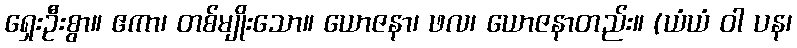
ရှေးဦးစွာ။ ဧကာ၊ တစ်မျိုးသော။ ယောဇနာ၊ ဖလ၊ ယောဇနာတည်း။ (ယံယံ ဝါ ပန၊